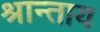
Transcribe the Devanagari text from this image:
श्रान्ताय